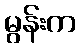
မွန်းက